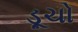
ડૂચો